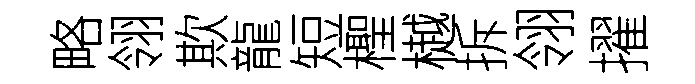
略翎欺龍短檉樾拆翎擢